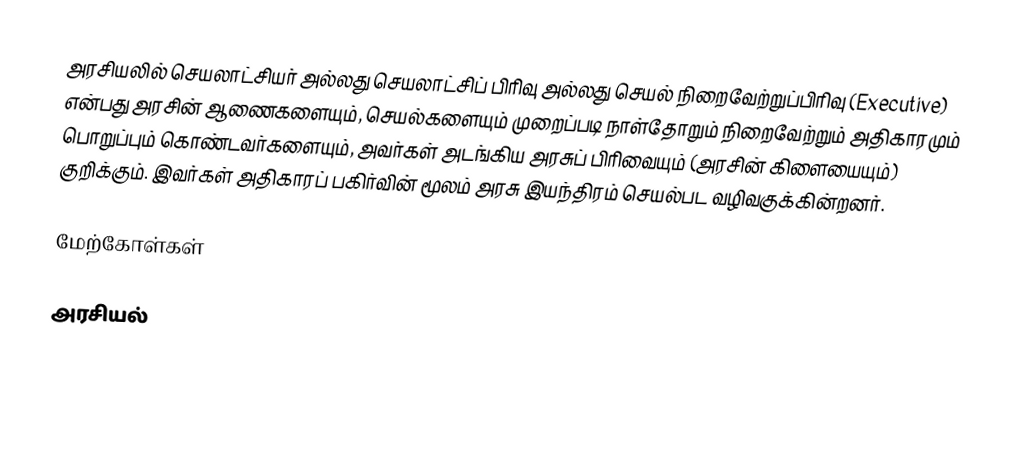
அரசியலில் செயலாட்சியர் அல்லது செயலாட்சிப் பிரிவு அல்லது செயல் நிறைவேற்றுப்பிரிவு (Executive) என்பது அரசின் ஆணைகளையும், செயல்களையும் முறைப்படி நாள்தோறும் நிறைவேற்றும் அதிகாரமும் பொறுப்பும் கொண்டவர்களையும், அவர்கள் அடங்கிய அரசுப் பிரிவையும் (அரசின் கிளையையும்) குறிக்கும். இவர்கள் அதிகாரப் பகிர்வின் மூலம் அரசு இயந்திரம் செயல்பட வழிவகுக்கின்றனர்.

மேற்கோள்கள்

அரசியல்